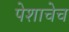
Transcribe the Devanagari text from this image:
पेशाचेच